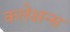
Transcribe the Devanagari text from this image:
कलेक्षन्स